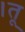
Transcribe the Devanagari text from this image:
।तू